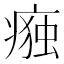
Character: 𭼛